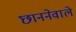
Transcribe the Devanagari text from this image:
छाननेवाले